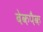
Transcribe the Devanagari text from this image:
बेकपैक